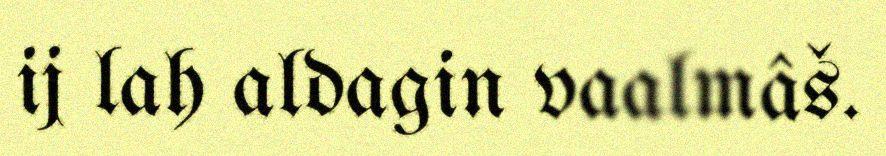
ij lah aldagin vaalmâš.